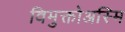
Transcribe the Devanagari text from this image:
विमुक्तोअस्मि